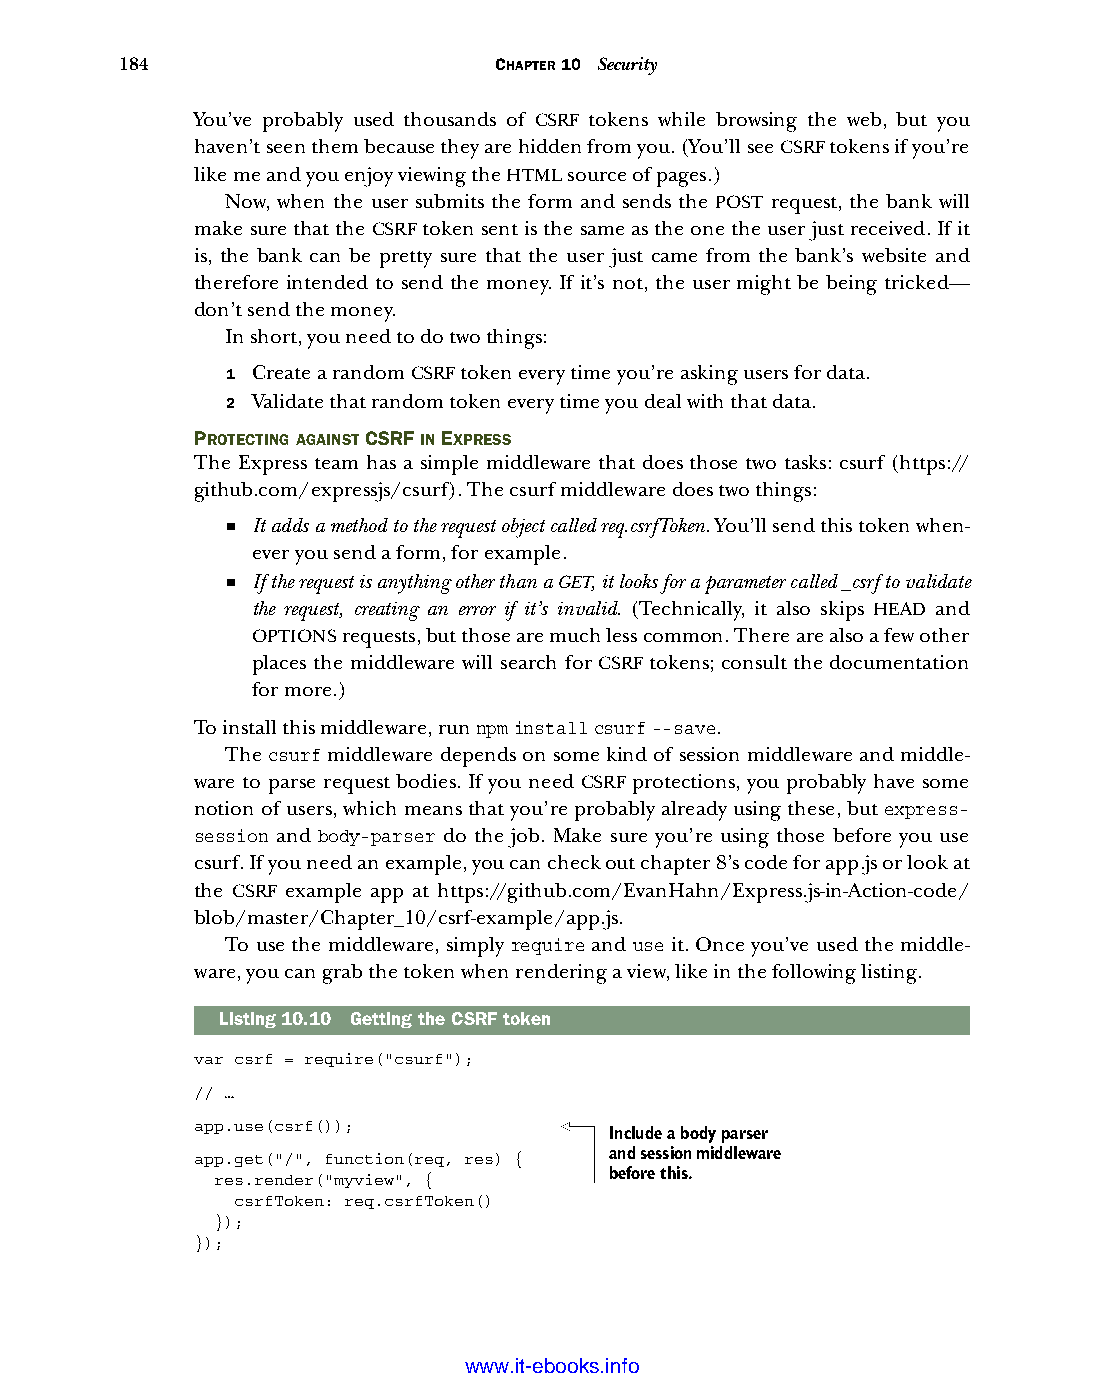
184                      CHAPTER 10 Security
 You’ve probably used thousands of CSRF tokens while browsing the web, but you
 haven’t seen them because they are hidden from you. (You’ll see CSRF tokens if you’re
 like me and you enjoy viewing the HTML source of pages.)
 Now, when the user submits the form and sends the POST request, the bank will
 make sure that the CSRF token sent is the same as the one the user just received. If it
 is, the bank can be pretty sure that the user just came from the bank’s website and
 therefore intended to send the money. If it’s not, the user might be being tricked—
 don’t send the money.
 In short, you need to do two things:
 1 Create a random CSRF token every time you’re asking users for data.
 2 Validate that random token every time you deal with that data.
 PROTECTING AGAINST CSRF IN EXPRESS
 The Express team has a simple middleware that does those two tasks: csurf (https://
 github.com/expressjs/csurf). The csurf middleware does two things:
 ■ It adds a method to the request object called req.csrfToken. You’ll send this token when-
 ever you send a form, for example.
 ■ If the request is anything other than a GET, it looks for a parameter called _csrf to validate
 the request, creating an error if it’s invalid. (Technically, it also skips HEAD and
 OPTIONS requests, but those are much less common. There are also a few other
 places the middleware will search for CSRF tokens; consult the documentation
 for more.)
 To install this middleware, run npm install csurf --save.
 The csurf middleware depends on some kind of session middleware and middle-
 ware to parse request bodies. If you need CSRF protections, you probably have some
 notion of users, which means that you’re probably already using these, but express-
 session and body-parser do the job. Make sure you’re using those before you use
 csurf. If you need an example, you can check out chapter 8’s code for app.js or look at
 the CSRF example app at https://github.com/EvanHahn/Express.js-in-Action-code/
 blob/master/Chapter_10/csrf-example/app.js.
 To use the middleware, simply require and use it. Once you’ve used the middle-
 ware, you can grab the token when rendering a view, like in the following listing.
 Listing10.10 Getting the CSRF token
 var csrf = require("csurf");
 // …
 app.use(csrf());
 Include a body parser
 app.get("/", function(req, res) { and session middleware
 before this.
 res.render("myview", {
 csrfToken: req.csrfToken()
 });
 });
 Licensed wtow w <.mit-ielebro.8o8k8s@.ingfomail.com>